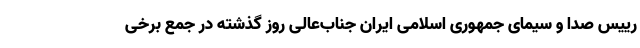
رییس صدا و سیمای جمهوری اسلامی ایران جناب‌عالی روز گذشته در جمع برخی